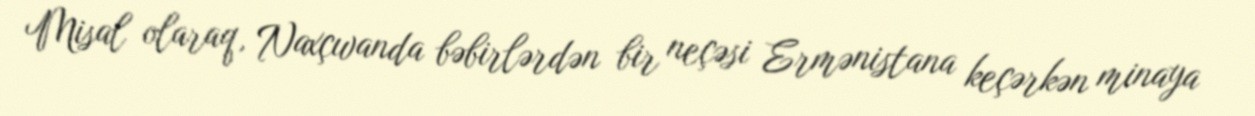
Misal olaraq, Naxçıvanda bəbirlərdən bir neçəsi Ermənistana keçərkən minaya